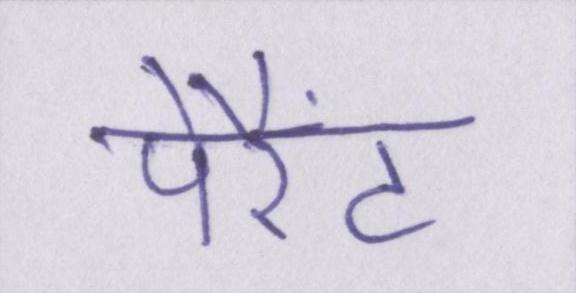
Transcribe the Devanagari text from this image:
पेरैंट